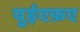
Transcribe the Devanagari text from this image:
युईएफ़ए